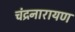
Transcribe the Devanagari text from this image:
चंद्रनारायण